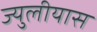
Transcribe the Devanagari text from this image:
ज्युलीयास